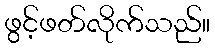
ဖွင့်ဖတ်လိုက်သည်။